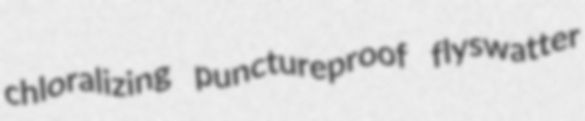
chloralizing punctureproof flyswatter